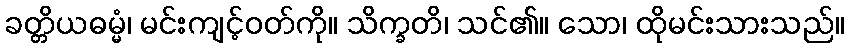
ခတ္တိယဓမ္မံ၊ မင်းကျင့်ဝတ်ကို။ သိက္ခတိ၊ သင်၏။ သော၊ ထိုမင်းသားသည်။